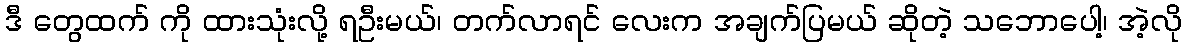
ဒီ တွေထက် ကို ထားသုံးလို့ ရဦးမယ်၊ တက်လာရင် လေးက အချက်ပြမယ် ဆိုတဲ့ သဘောပေါ့၊ အဲ့လို